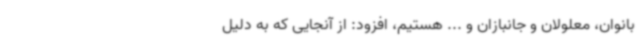
بانوان، معلولان و جانبازان و ... هستیم، افزود: از آنجایی که به دلیل